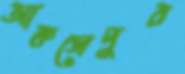
আকসেদুর